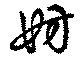
妨